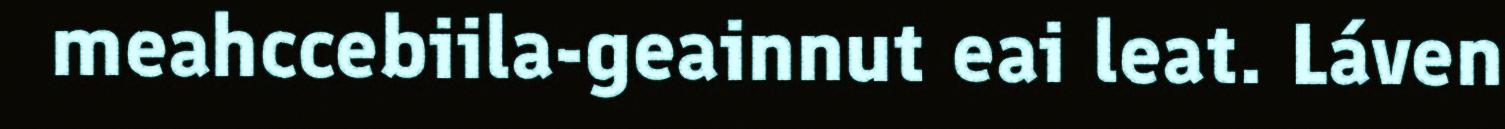
meahccebiila-geainnut eai leat. Láven